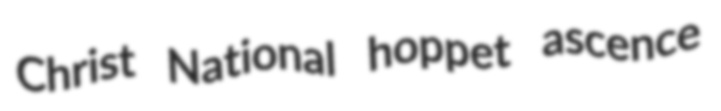
Christ National hoppet ascence